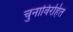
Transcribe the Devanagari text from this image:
चुनाविरहित